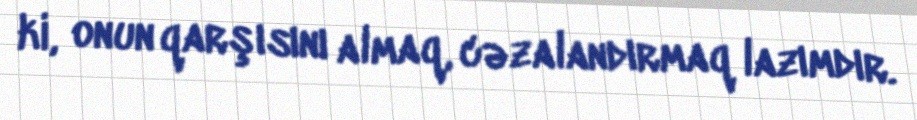
ki, onun qarşısını almaq, cəzalandırmaq lazımdır.